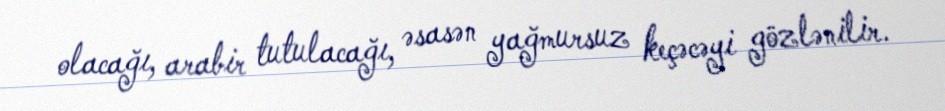
olacağı, arabir tutulacağı, əsasən yağmursuz keçəcəyi gözlənilir.